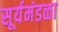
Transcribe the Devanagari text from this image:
सूर्यमंडळा